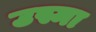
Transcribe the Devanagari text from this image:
उस्मा